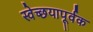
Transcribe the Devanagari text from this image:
स्वेच्छयापूर्वक